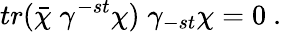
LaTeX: tr(\bar{\chi}\; \gamma^{-st}\chi)\; \gamma_{-st}\chi=0\ .